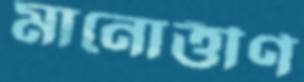
মানোত্তীর্ণ